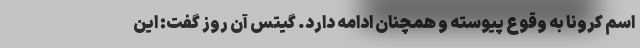
اسم کرونا به وقوع پیوسته و همچنان ادامه دارد. گیتس آن روز گفت: این